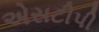
એસટીપી